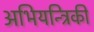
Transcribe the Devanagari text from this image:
अभियन्त्रिकी